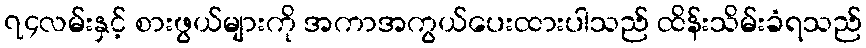
၇၄လမ်းနှင့် စားဖွယ်များကို အကာအကွယ်ပေးထားပါသည် ထိန်းသိမ်းခံရသည်